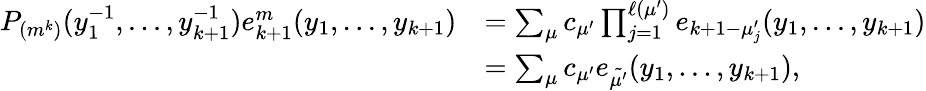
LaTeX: \begin{array}{rl}{P_{(m^{k})}(y_{1}^{-1},...,y_{k+1}^{-1})e_{k+1}^{m}(y_{1},...,y_{k+1})}&{=\sum_{\mu}c_{\mu^{\prime}}\prod_{j=1}^{\ell(\mu^{\prime})}e_{k+1-\mu_{j}^{\prime}}(y_{1},...,y_{k+1})}\\ &{=\sum_{\mu}c_{\mu^{\prime}}e_{\tilde{\mu^{\prime}}}(y_{1},...,y_{k+1}),}\end{array}